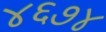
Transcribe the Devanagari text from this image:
४६७४